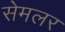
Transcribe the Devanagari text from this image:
सेमलर